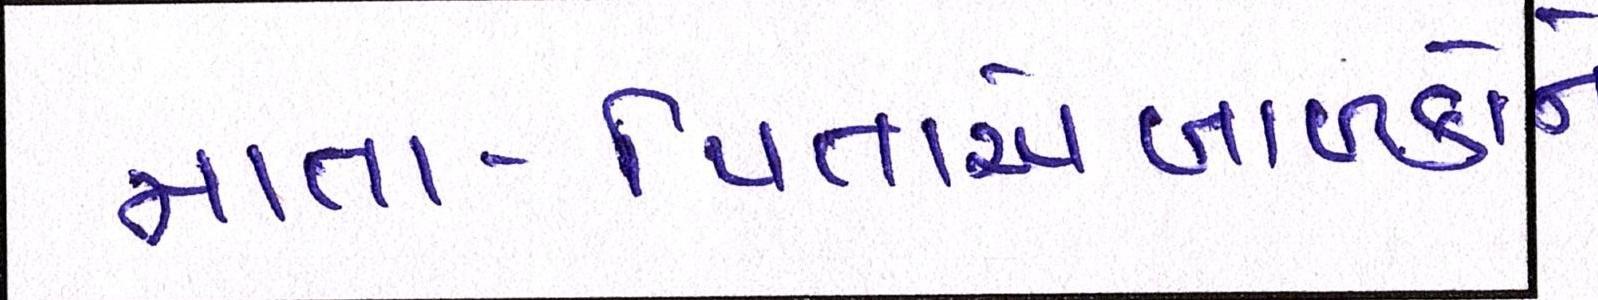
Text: માતા-પિતાએબાળકોને